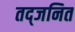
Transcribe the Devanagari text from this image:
तद्जनित